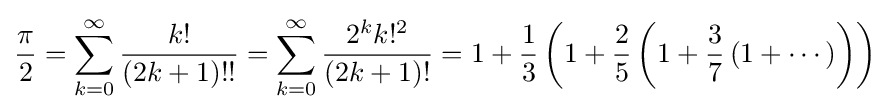
{\frac {\pi }{2}}=\sum _{k=0}^{\infty }{\frac {k!}{(2k+1)!!}}=\sum _{k=0}^{\infty }{\frac {2^{k}k!^{2}}{(2k+1)!}}=1+{\frac {1}{3}}\left(1+{\frac {2}{5}}\left(1+{\frac {3}{7}}\left(1+\cdots \right)\right)\right)